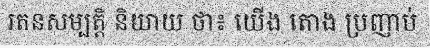
រតនសម្បត្តិ និយាយ ថា៖ យើង តោង ប្រញាប់